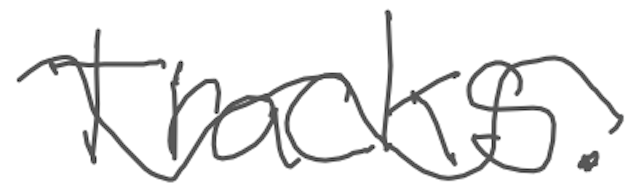
Text: tracks.
Cross-out: wave
Writing tool: digital_gray